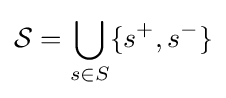
{\mathcal {S}}=\bigcup _{s\in S}\{s^{+},s^{-}\}